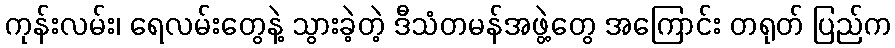
ကုန်းလမ်း၊ ရေလမ်းတွေနဲ့ သွားခဲ့တဲ့ ဒီသံတမန်အဖွဲ့တွေ အကြောင်း တရုတ် ပြည်က